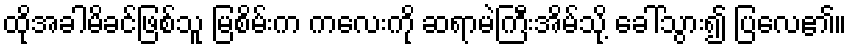
ထိုအခါမိခင်ဖြစ်သူ မြစိမ်းက ကလေးကို ဆရာမဲကြီးအိမ်သို့ ခေါ်သွား၍ ပြလေ၏။